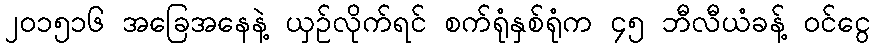
၂၀၁၅၁၆ အခြေအနေနဲ့ ယှဉ်လိုက်ရင် စက်ရုံနှစ်ရုံက ၄၅ ဘီလီယံခန့် ဝင်ငွေ